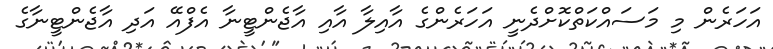
އަހަރެން މި މަސައްކަތްކޮށްދެނީ އަހަރެންގެ އާއިލާ އާއި އާޖެންޓީނާ އެފްއޭ އަދި އާޖެންޓީނާގެ